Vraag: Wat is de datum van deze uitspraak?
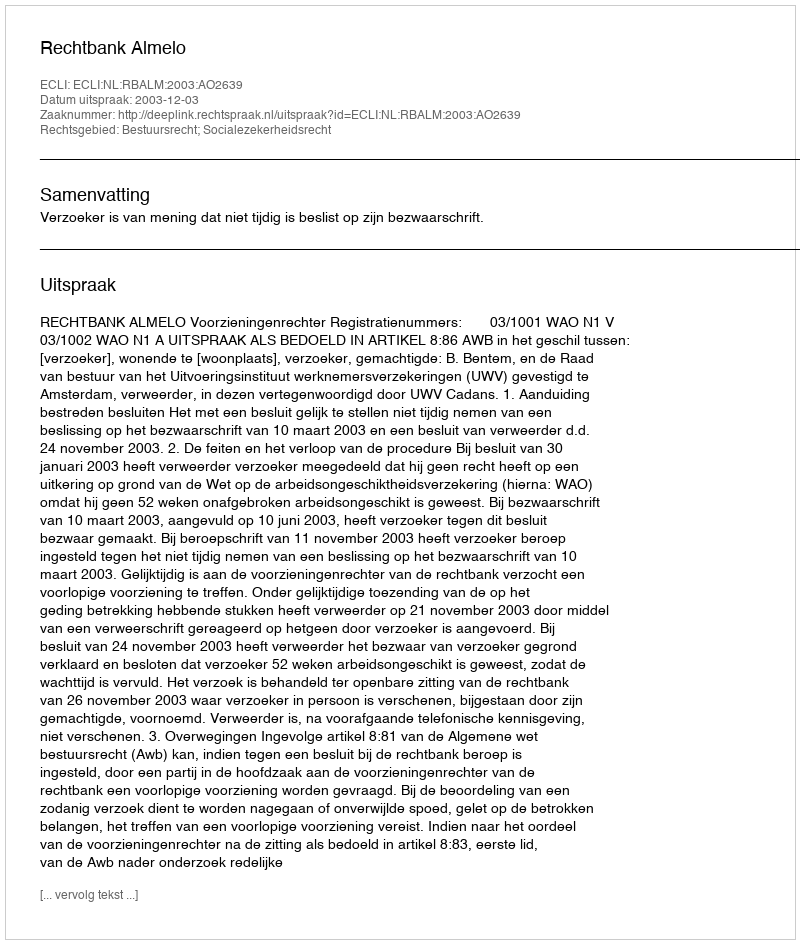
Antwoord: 2003-12-03